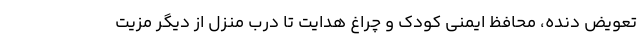
تعویض دنده، محافظ ایمنی كودك و چراغ هدایت تا درب منزل از ديگر مزيت